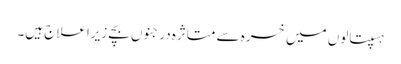
ہسپتالوں میں خسرہ سے متاثرہ درجنوں بچے زیراعلاج ہیں۔